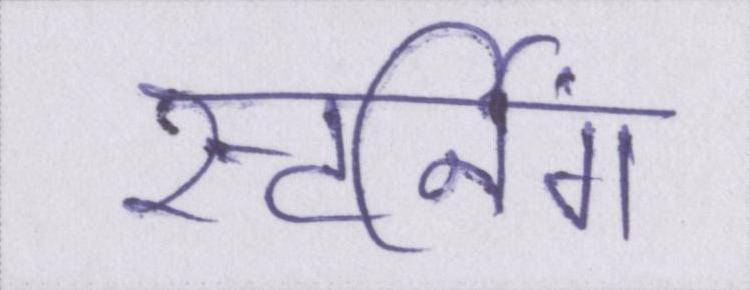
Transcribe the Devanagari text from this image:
स्टर्निंग